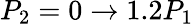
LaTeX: P_{2}=0\rightarrow 1.2P_{1}